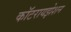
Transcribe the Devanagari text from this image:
कॉटरायझेशन